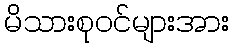
မိသားစုဝင်များအား